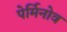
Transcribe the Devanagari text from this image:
पेर्मिनोव